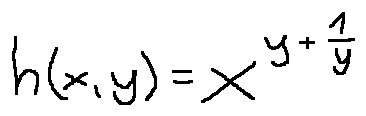
h ( x , y ) = x ^ { y + \frac { 1 } { y } }